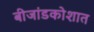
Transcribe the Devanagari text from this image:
बीजांडकोशात